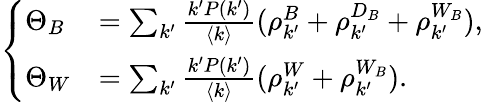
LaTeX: \left\{ \begin{array}{ll}{\Theta_{B}}&{=\sum_{k^{\prime}}\frac{k^{\prime}P(k^{\prime})}{\langle k\rangle}(\rho_{k^{\prime}}^{B}+\rho_{k^{\prime}}^{D_{B}}+\rho_{k^{\prime}}^{W_{B}}),}\\ {\Theta_{W}}&{=\sum_{k^{\prime}}\frac{k^{\prime}P(k^{\prime})}{\langle k\rangle}(\rho_{k^{\prime}}^{W}+\rho_{k^{\prime}}^{W_{B}}).}\end{array}\right.